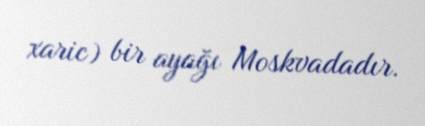
xaric) bir ayağı Moskvadadır.